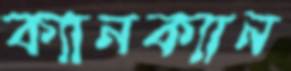
ক্যানক্যান